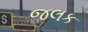
જલક